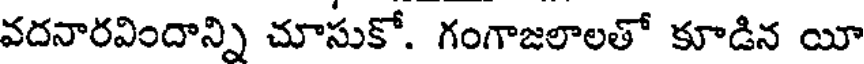
వదనారవిందాన్ని చూసుకో. గంగాజలాలతో కూడిన యీ